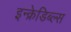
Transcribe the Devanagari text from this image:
इन्क्रेडिब्ल्स